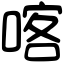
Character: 喀